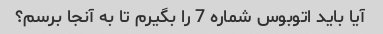
آیا باید اتوبوس شماره 7 را بگیرم تا به آنجا برسم؟